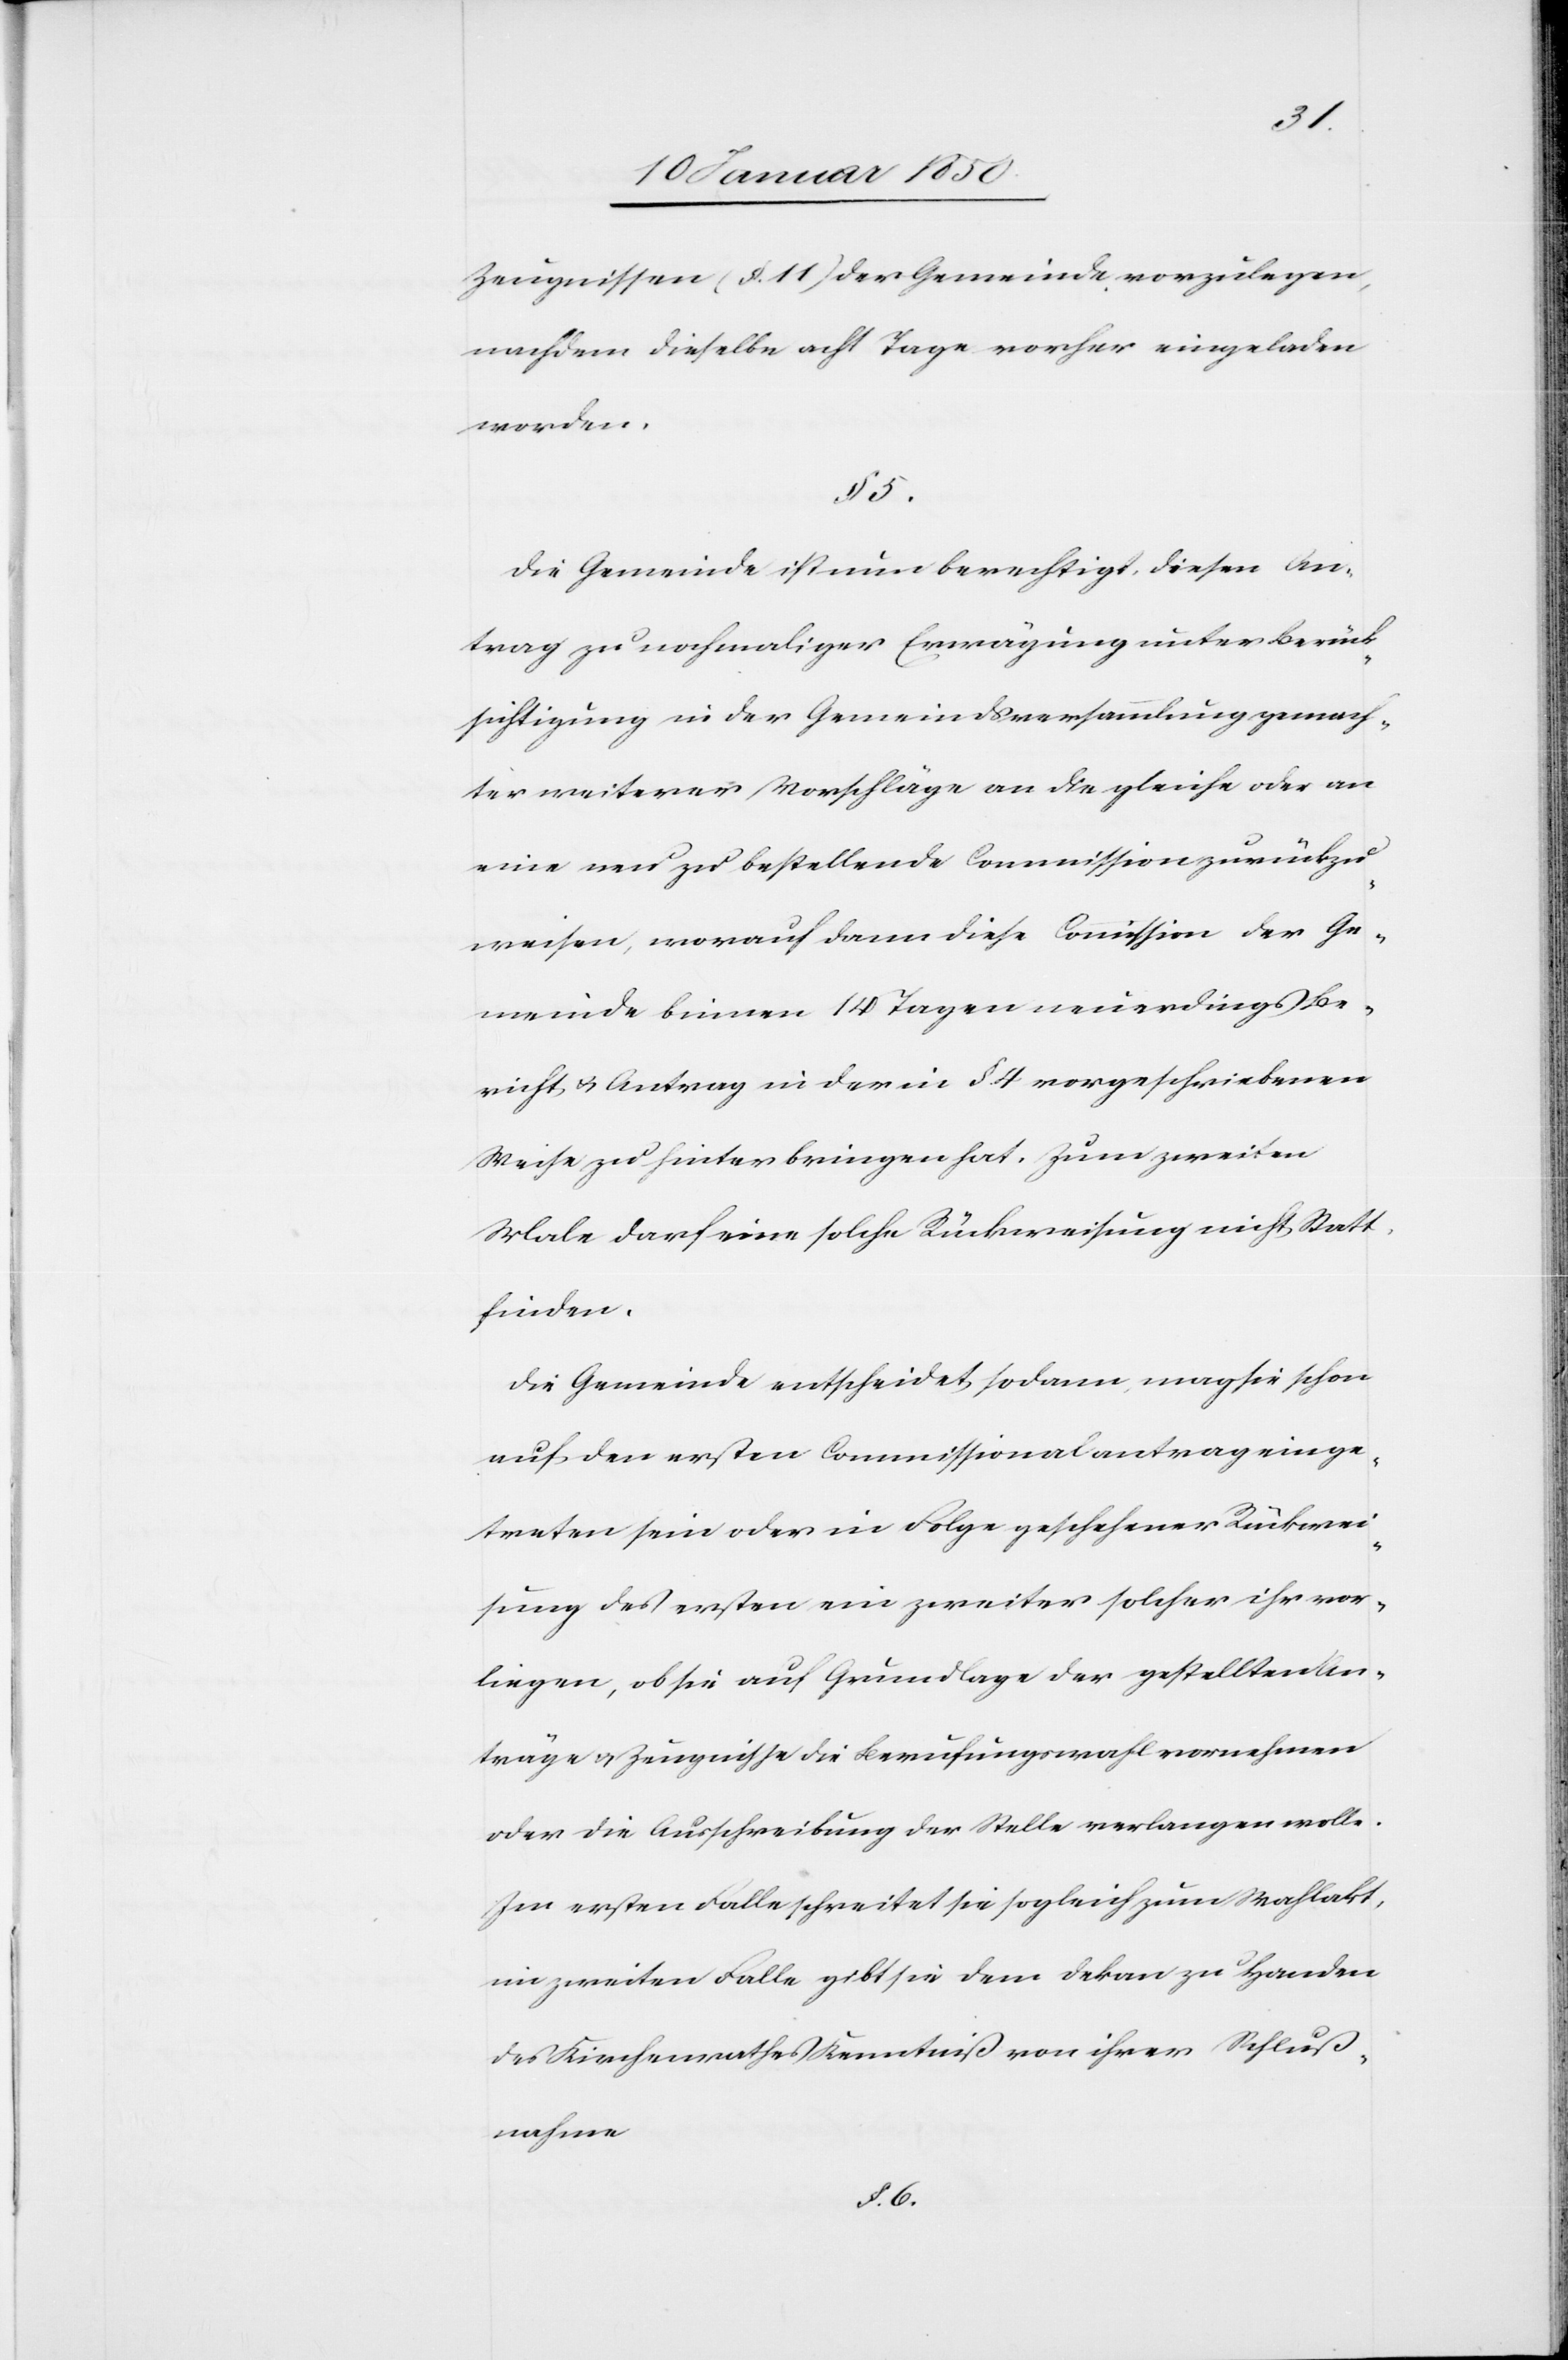
Zeugnissen (§. 11) der Gemeinde vorzulegen,
nachdem dieselbe acht Tage vorher eingeladen
worden.
§. 5.
Die Gemeinde ist nun berechtigt, diesen An¬
trag zu nochmaliger Erwägung unter Berück¬
sichtigung in der Gemeindsversammlung gemach¬
ter weiterer Vorschläge an die gleiche oder an
eine neu zu bestellende Commission zurückzu¬
weisen, worauf dann diese Commission der Ge¬
meinde binnen 14 Tagen neuerdings Be¬
richt u. Antrag in der in §. 4 vorgeschriebenen
Weise zu hinterbringen hat. Zum zweiten
Male darf eine solche Rückweisung nicht Statt
finden.
Die Gemeinde entscheidet sodann, mag sie schon
auf den ersten Commissionalantrag einge¬
treten sein oder in Folge geschehener Rückwei¬
sung des ersten ein zweiter solcher ihr vor¬
liegen, ob sie auf Grundlage der gestellten An¬
träge u. Zeugnisse die Berufungswahl vornehmen
oder die Ausschreibung der Stelle verlangen wolle.
Im ersten Falle schreitet sie sogleich zum Wahlakt,
im zweiten Falle gibt sie dem Dekan zu Handen
des Kirchenrathes Kenntniß von ihrer Schluß¬
nahme
§. 6.